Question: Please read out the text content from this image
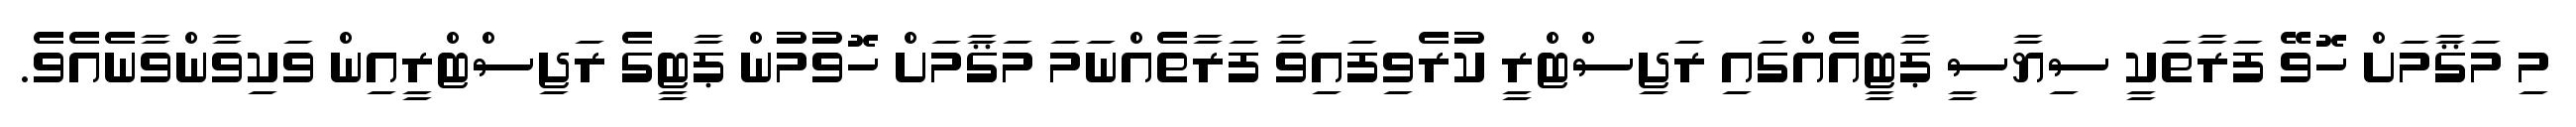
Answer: މި މަޤާމަށް ހޮވޭ ފަރާތަކީ ސިޔާސީ ޕާޓީއެއްގައި ރަޖިސްޓްރީ ކުރެވިފައިވާ ފަރާތެއްނަމަ މަޤާމަށް ހޮވުމުން ޕާޓީގެ ރަޖިސްޓްރީއިން ވަކިވާންވާނެއެވެ.